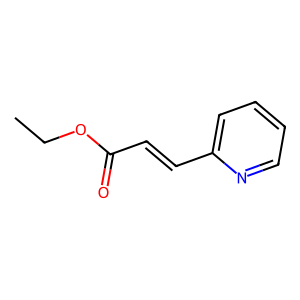
SMILES: CCOC(=O)C=Cc1ccccn1
Inhibits HIV replication: No